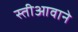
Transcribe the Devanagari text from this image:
स्तीआवाने